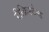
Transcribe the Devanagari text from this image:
रीक्रिश्टेन्ड